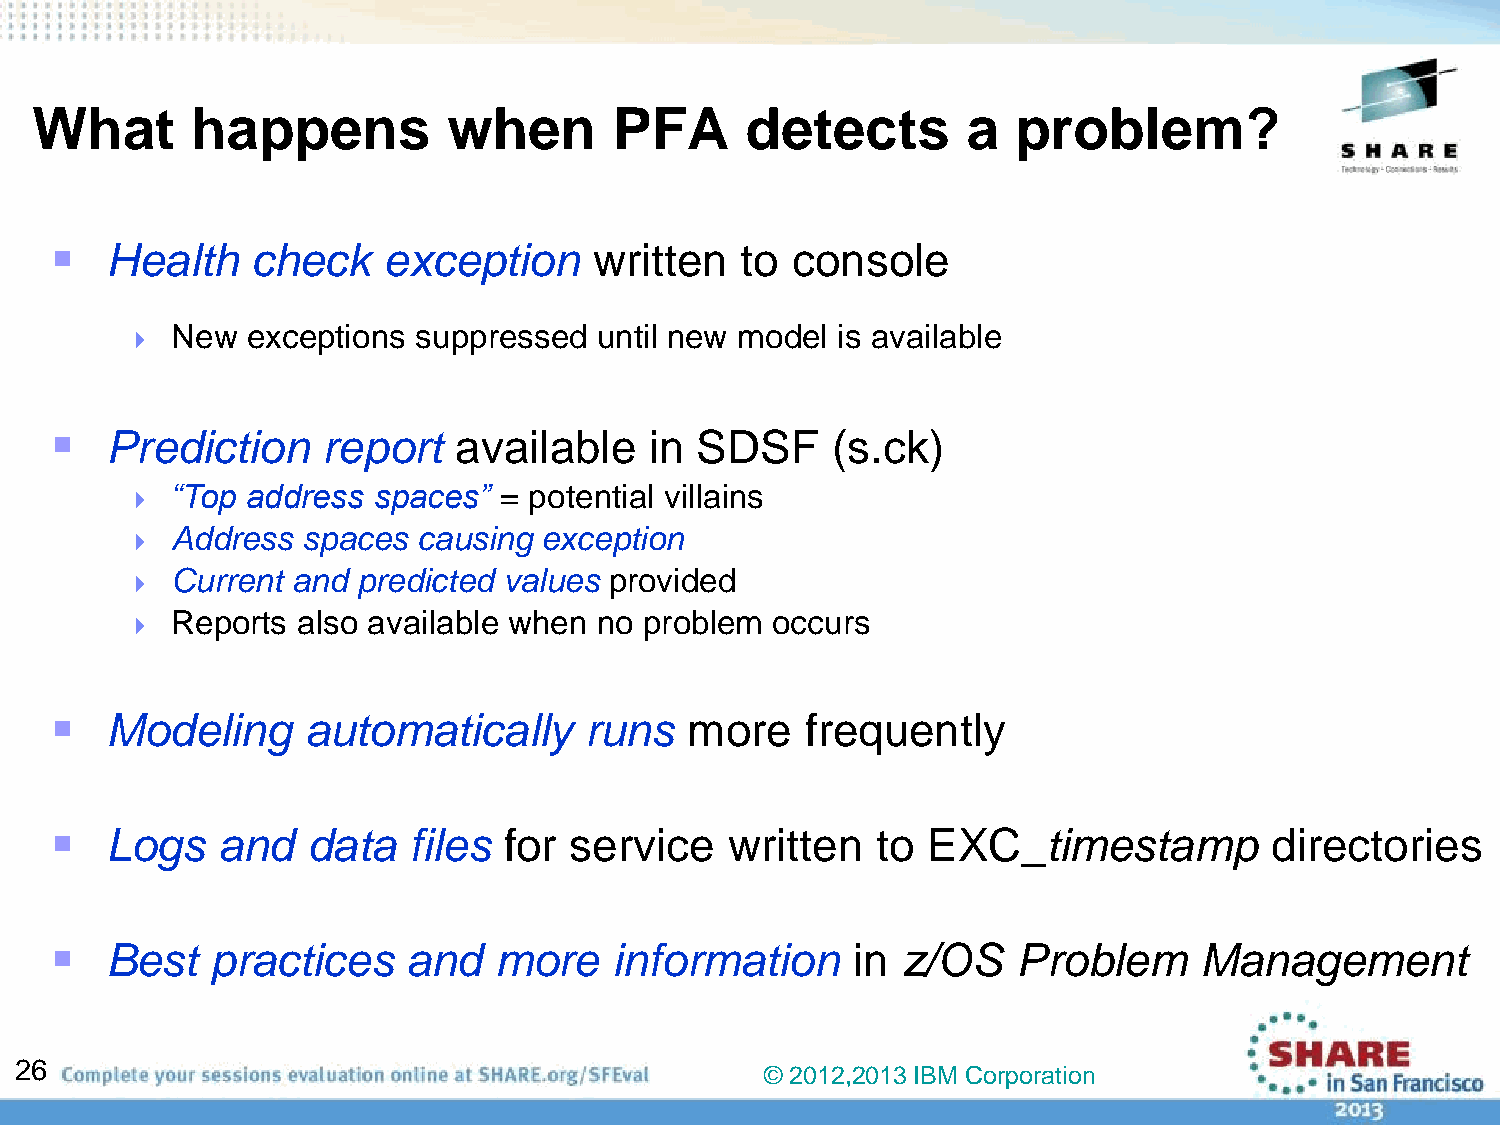
What       happens          when       PFA     detects        a  problem?
    Health    check   exception     written   to console
   New  exceptions  suppressed  until new model is available
    Prediction    report   available    in SDSF     (s.ck)
   “Top address  spaces” = potential villains
   Address  spaces  causing exception
   Current and  predicted values provided
   Reports  also available when no problem occurs
    Modeling     automatically      runs   more   frequently
    Logs   and   data   files for  service   written   to EXC_timestamp          directories
    Best   practices    and   more    information     in z/OS   Problem     Management
 26
 © 2012,2013 IBM Corporation